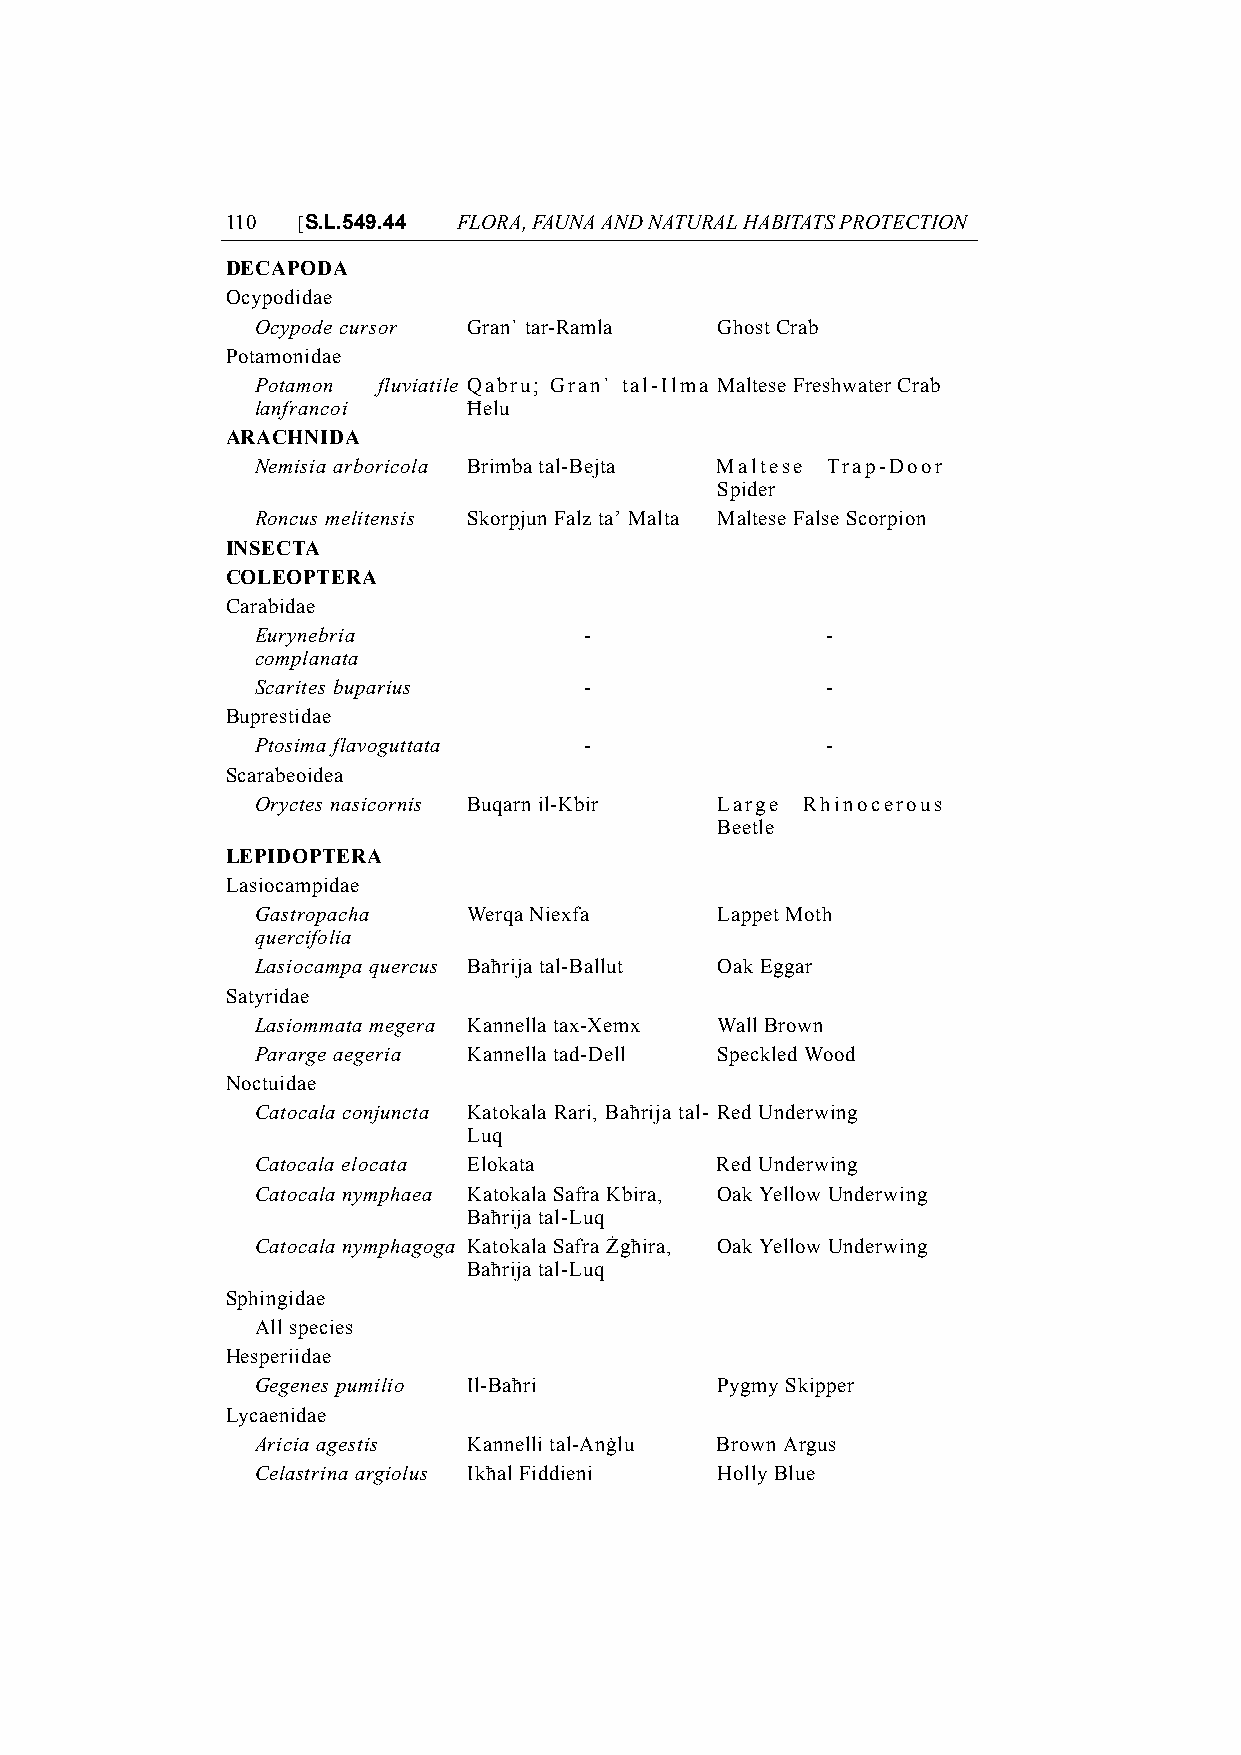
110  [S.L.549.44 FLORA, FAUNA AND NATURAL HABITATS PROTECTION
 DECAPODA
 Ocypodidae
 Ocypode cursor Gran` tar-Ramla Ghost Crab
 Potamonidae
 Potamon fluviatile Qabru; Gran` tal-Ilma Maltese Freshwater Crab
 lanfrancoi    Ħelu
 ARACHNIDA
 Nemisia arboricola Brimba tal-Bejta Maltese Trap-Door
 Spider
 Roncus melitensis Skorpjun Falz ta’ Malta Maltese False Scorpion
 INSECTA
 COLEOPTERA
 Carabidae
 Eurynebria            -               -
 complanata
 Scarites buparius     -               -
 Buprestidae
 Ptosima flavoguttata  -               -
 Scarabeoidea
 Oryctes nasicornis Buqarn il-Kbir Large Rhinocerous
 Beetle
 LEPIDOPTERA
 Lasiocampidae
 Gastropacha   Werqa Niexfa    Lappet Moth
 quercifolia
 Lasiocampa quercus Baħrija tal-Ballut Oak Eggar
 Satyridae
 Lasiommata megera Kannella tax-Xemx Wall Brown
 Pararge aegeria Kannella tad-Dell Speckled Wood
 Noctuidae
 Catocala conjuncta Katokala Rari, Baħrija tal- Red Underwing
 Luq
 Catocala elocata Elokata      Red Underwing
 Catocala nymphaea Katokala Safra Kbira, Oak Yellow Underwing
 Baħrija tal-Luq
 Catocala nymphagoga Katokala Safra Żgħira, Oak Yellow Underwing
 Baħrija tal-Luq
 Sphingidae
 All species
 Hesperiidae
 Gegenes pumilio Il-Baħri      Pygmy Skipper
 Lycaenidae
 Aricia agestis Kannelli tal-Anġlu Brown Argus
 Celastrina argiolus Ikħal Fiddieni Holly Blue